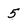
Character: 5